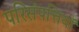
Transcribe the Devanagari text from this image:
परिसंपत्तियॉ